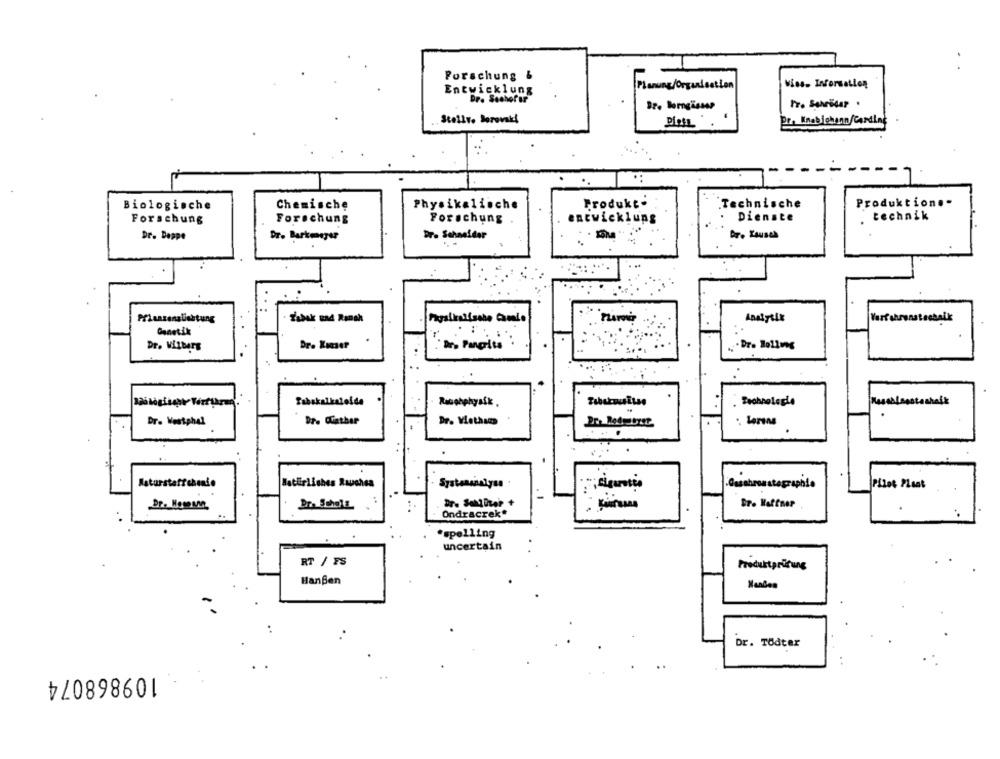
Forschung
Wies. Information
Entwicklung
Planung/Organisation
Dr. Sechofar
Stellv. Dorovski
Pro Knabjohson/Carding
Biologische
Chemische
Physikalische
Produkt.
Technische
Produktion .-
Forschung
Forschung
Forschung
entwicklung
Dienste
technik
Dr. Doppe
Dr. Schneider
Dr. Barkmeyer
Tabak und Ransh
Verfahrenstechnik
Genetik
Dr. Wilbers
Dr. Kanser
Tabakalkaloida
Racetphysik
Dr. Westphal
Dr. Winther
Dr. Viethaas
Natürliches Rauches
Casahroastagraphie
Pilot Plaat
Dr. Sthola
Ondracrek*
*spelling
uncertain
RT / FS
Produktprüfung
HanBen
Dr. TÖdter
৳/0898601